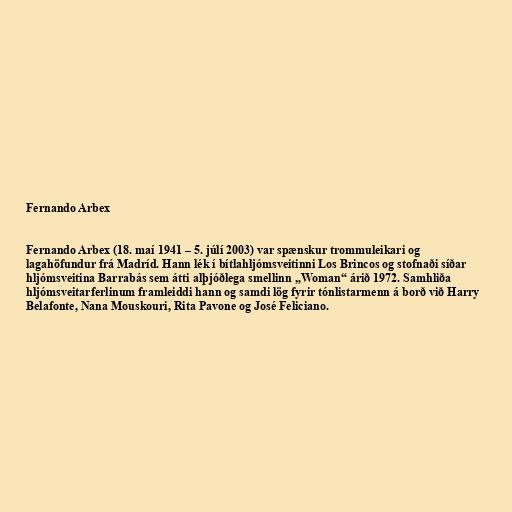
Fernando Arbex

Fernando Arbex (18. maí 1941 – 5. júlí 2003) var spænskur trommuleikari og
lagahöfundur frá Madríd. Hann lék í bítlahljómsveitinni Los Brincos og stofnaði síðar
hljómsveitina Barrabás sem átti alþjóðlega smellinn „Woman“ árið 1972. Samhliða
hljómsveitarferlinum framleiddi hann og samdi lög fyrir tónlistarmenn á borð við Harry
Belafonte, Nana Mouskouri, Rita Pavone og José Feliciano.